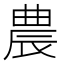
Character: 農